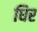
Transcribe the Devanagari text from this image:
धिर